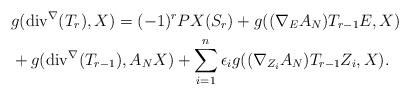
LaTeX: \begin{align*} &g(\mathrm{div}^{\nabla}(T_{r}),X)=(-1)^{r}PX(S_{r})+g((\nabla_{E}A_{N})T_{r-1}E,X)\\ &+g(\mathrm{div}^{\nabla}(T_{r-1}),A_{N}X)+\sum_{i=1}^{n}\epsilon_{i}g((\nabla_{Z_{i}}A_{N})T_{r-1}Z_{i},X).\end{align*}